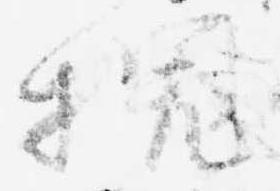
槐